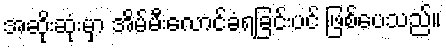
အဆိုးဆုံးမှာ အိမ်မီးလောင်ခံရခြင်းပင် ဖြစ်ပေသည်။